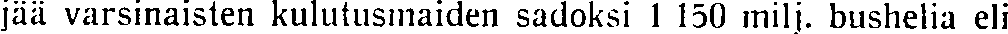
jää varsinaisten kulutusmaiden sadoksi 1 150 milj. bushelia eli